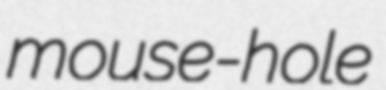
mouse-hole